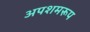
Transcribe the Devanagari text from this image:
अपशमरूप